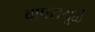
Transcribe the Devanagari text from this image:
वापरामूळे